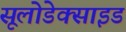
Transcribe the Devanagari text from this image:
सूलोडेक्साइड